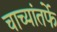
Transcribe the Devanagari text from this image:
चाच्यांतर्फे